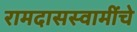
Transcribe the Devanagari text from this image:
रामदासस्वामींचे